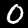
Label: 0